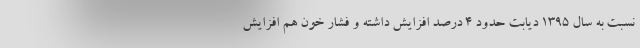
نسبت به سال ۱۳۹۵ دیابت حدود ۴ درصد افزایش داشته و فشار خون هم افزایش